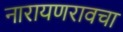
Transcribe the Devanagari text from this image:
नारायणरावचा